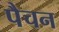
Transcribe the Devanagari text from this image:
पैचन